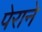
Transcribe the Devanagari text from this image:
पेराने